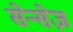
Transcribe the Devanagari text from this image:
सेन्सेज़